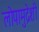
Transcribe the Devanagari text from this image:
लोपामुद्रेशी